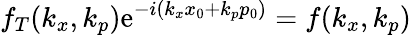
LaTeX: f_{T}(k_{x},k_{p})\mathrm{e}^{-i(k_{x}x_{0}+k_{p}p_{0})}=f(k_{x},k_{p})